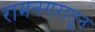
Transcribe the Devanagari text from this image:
रामनगरातून